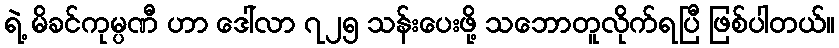
ရဲ့ မိခင်ကုမ္ပဏီ ဟာ ဒေါ်လာ ၇၂၅ သန်းပေးဖို့ သဘောတူလိုက်ရပြီ ဖြစ်ပါတယ်။